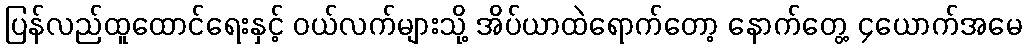
ပြန်လည်ထူထောင်ရေးနှင့် ဝယ်လက်များသို့ အိပ်ယာထဲရောက်တော့ နောက်တွေ့ ၄ယောက်အမေ